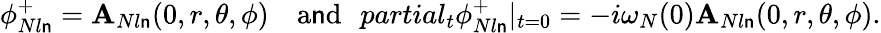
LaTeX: \phi_{Nl\mathsf{n}}^{+}=\mathbf{A}_{Nl\mathsf{n}}(0,r,\theta,\phi)\ \ \ \ \mathrm{{a\mathsf{n}d}}\ \ \, partial_{t}\phi_{Nl\mathsf{n}}^{+}|_{t=0}=-i\omega_{N}(0)\mathbf{A}_{Nl\mathsf{n}}(0,r,\theta,\phi).